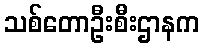
သစ်တောဦးစီးဌာနက